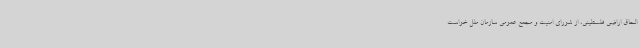
الحاق اراضی فلسطینی، از شورای امنیت و مجمع عمومی سازمان ملل خواست